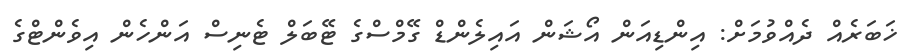
ޚަބަރެއް ދެއްވުމަށް: އިންޑިއަން އޯޝަން އައިލެންޑް ގޭމްސްގެ ޓޭބަލް ޓެނިސް އަންހެން އިވެންޓްގެ